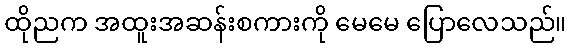
ထိုညက အထူးအဆန်းစကားကို မေမေ ပြောလေသည်။